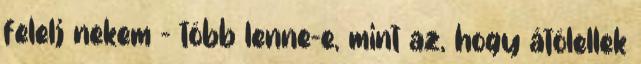
felelj nekem – több lenne-e, mint az, hogy átölellek